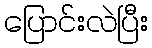
ပြောင်းလဲပြီး